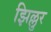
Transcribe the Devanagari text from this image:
झिल्लुर